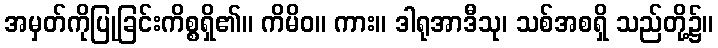
အမှတ်ကိုပြုခြင်းကိစ္စရှိ၏။ ကိမိဝ။ ကား။ ဒါရုအာဒီသု၊ သစ်အစရှိ သည်တို့၌။